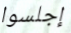
إجلسوا